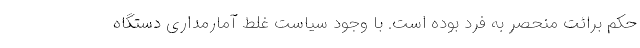
حکم برائت منحصر به فرد بوده است. با وجود سیاست غلط آمارمداری دستگاه